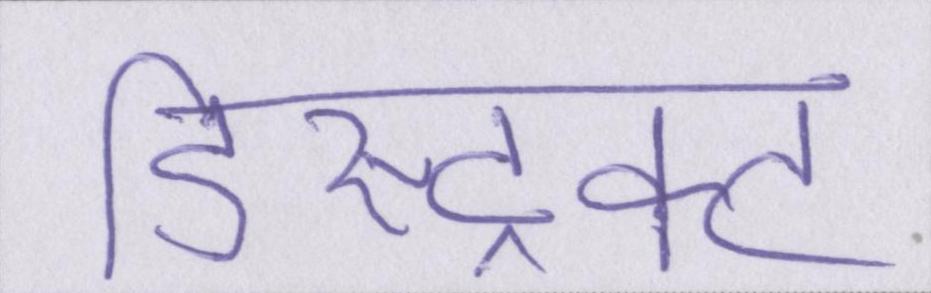
डिस्ट्रिक्ट